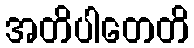
အတိပါတေတိ